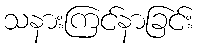
သနားကြင်နာခြင်း